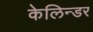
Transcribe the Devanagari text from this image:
केलिन्डर